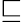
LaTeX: \sqsubseteq